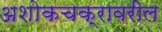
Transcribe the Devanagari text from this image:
अशोकचक्रावरील